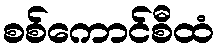
စစ်ကောင်စီထံ